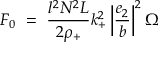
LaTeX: { \cal { F } } _ { 0 } ~ = ~ \frac { l ^ { 2 } N ^ { 2 } L } { 2 \rho _ { + } } k _ { + } ^ { 2 } \left| \frac { e _ { 2 } } { b } \right| ^ { 2 } \Omega